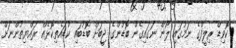
ކޮވިޑް ރިލީފްގެ ނަމުގައި ލޯން ނަގައިގެން ބޮޑުންގެ ޖީބަށް ބޮޑުބައި ކުޑައެތިކޮޅެއް ރައްޔިތުންނަށް